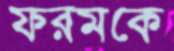
ফরমকে